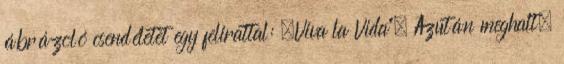
ábrázoló csendéletet egy felirattal: „Viva la Vida”. Azután meghalt;